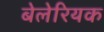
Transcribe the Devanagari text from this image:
बेलेरियक